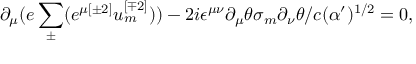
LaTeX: \partial _ { \mu } ( e \sum _ { \pm } ^ { } ( e ^ { \mu { [ \pm 2 ] } } u _ { { m } } ^ { { [ \mp 2 ] } } ) ) - 2 i \epsilon ^ { \mu \nu } \partial _ { \mu } \theta \sigma _ { { m } } \partial _ { \nu } \theta / c ( \alpha ^ { \prime } ) ^ { { 1 / 2 } } = 0 ,